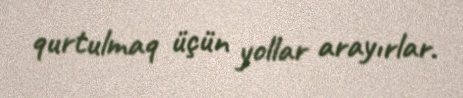
qurtulmaq üçün yollar arayırlar.